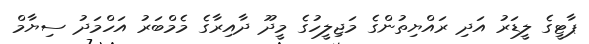
ޕާޓީގެ ލީޑަރު އަދި ރައްޔިތުންގެ މަޖިލީހުގެ މީދޫ ދާއިރާގެ މެމްބަރު އަހްމަދު ސިޔާމް